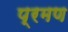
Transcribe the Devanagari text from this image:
प्रमण